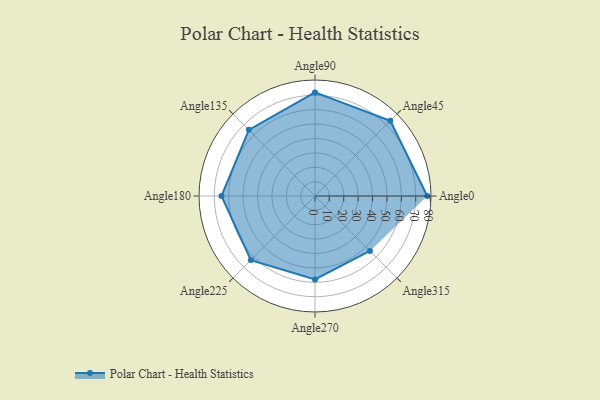
{"axis": {"x": "Angle", "y": "Radius"}, "legend": [""], "data": [{"x": "Angle0", "y": 78.0, "type": ""}, {"x": "Angle45", "y": 74.0, "type": ""}, {"x": "Angle90", "y": 72.0, "type": ""}, {"x": "Angle135", "y": 65.0, "type": ""}, {"x": "Angle180", "y": 65.0, "type": ""}, {"x": "Angle225", "y": 63.0, "type": ""}, {"x": "Angle270", "y": 58.0, "type": ""}, {"x": "Angle315", "y": 54.0, "type": ""}]}